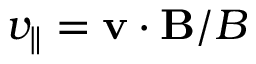
v _ { \parallel } = \mathbf { v } \cdot \mathbf { B } / B